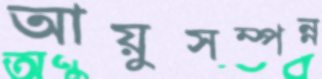
আয়ুসম্পন্ন